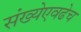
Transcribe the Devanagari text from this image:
संख्येएवढेच